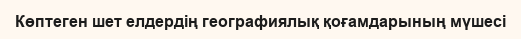
Көптеген шет елдердің географиялық қоғамдарының мүшесі